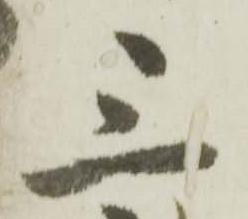
三